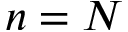
n = N